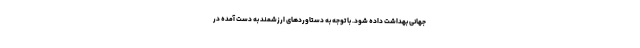
جهانی بهداشت داده شود. با توجه به دستاوردهای ارزشمند به دست آمده در